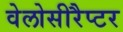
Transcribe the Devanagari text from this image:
वेलोसीरैप्टर